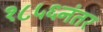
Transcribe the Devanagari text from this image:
१८५६नंतर